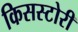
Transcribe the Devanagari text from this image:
किसस्टोरी